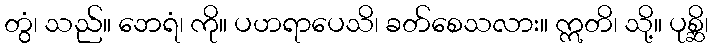
တွံ၊ သည်။ ဘေရံ၊ ကို။ ပဟရာပေသိ၊ ခတ်စေသလား။ ဣတိ၊ သို့။ ပုစ္ဆိ၊